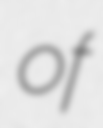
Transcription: of